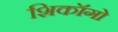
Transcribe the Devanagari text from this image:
शिकॉगो